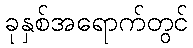
ခုနှစ်အရောက်တွင်